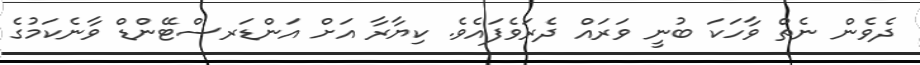
ދެވެން ނެތް ވާހަކަ ބުނީ ވަރައް ދެރަވެފައެވެ. ކިޔާރާ އަށް އަންޑަރސްޓޭންޑް ވާނެކަމުގެ